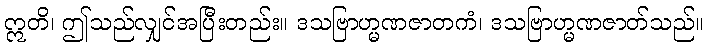
ဣတိ၊ ဤသည်လျှင်အပြီးတည်း။ ဒသဗြာဟ္မဏဇာတကံ၊ ဒသဗြာဟ္မဏဇာတ်သည်။